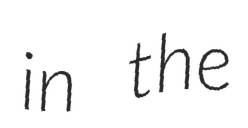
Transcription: in the